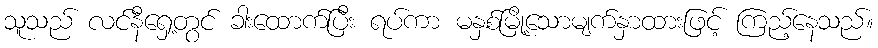
သူသည် လင်နီရှေ့တွင် ခါးထောက်ပြီး ရပ်ကာ မနှစ်မြို့သောမျက်နှာထားဖြင့် ကြည့်နေသည်။